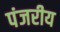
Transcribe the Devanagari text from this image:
पंजरीय